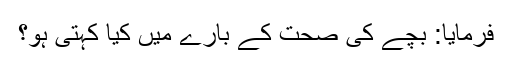
فرمایا: بچے کی صحت کے بارے میں کیا کہتی ہو؟